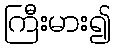
ကြီးမား၍